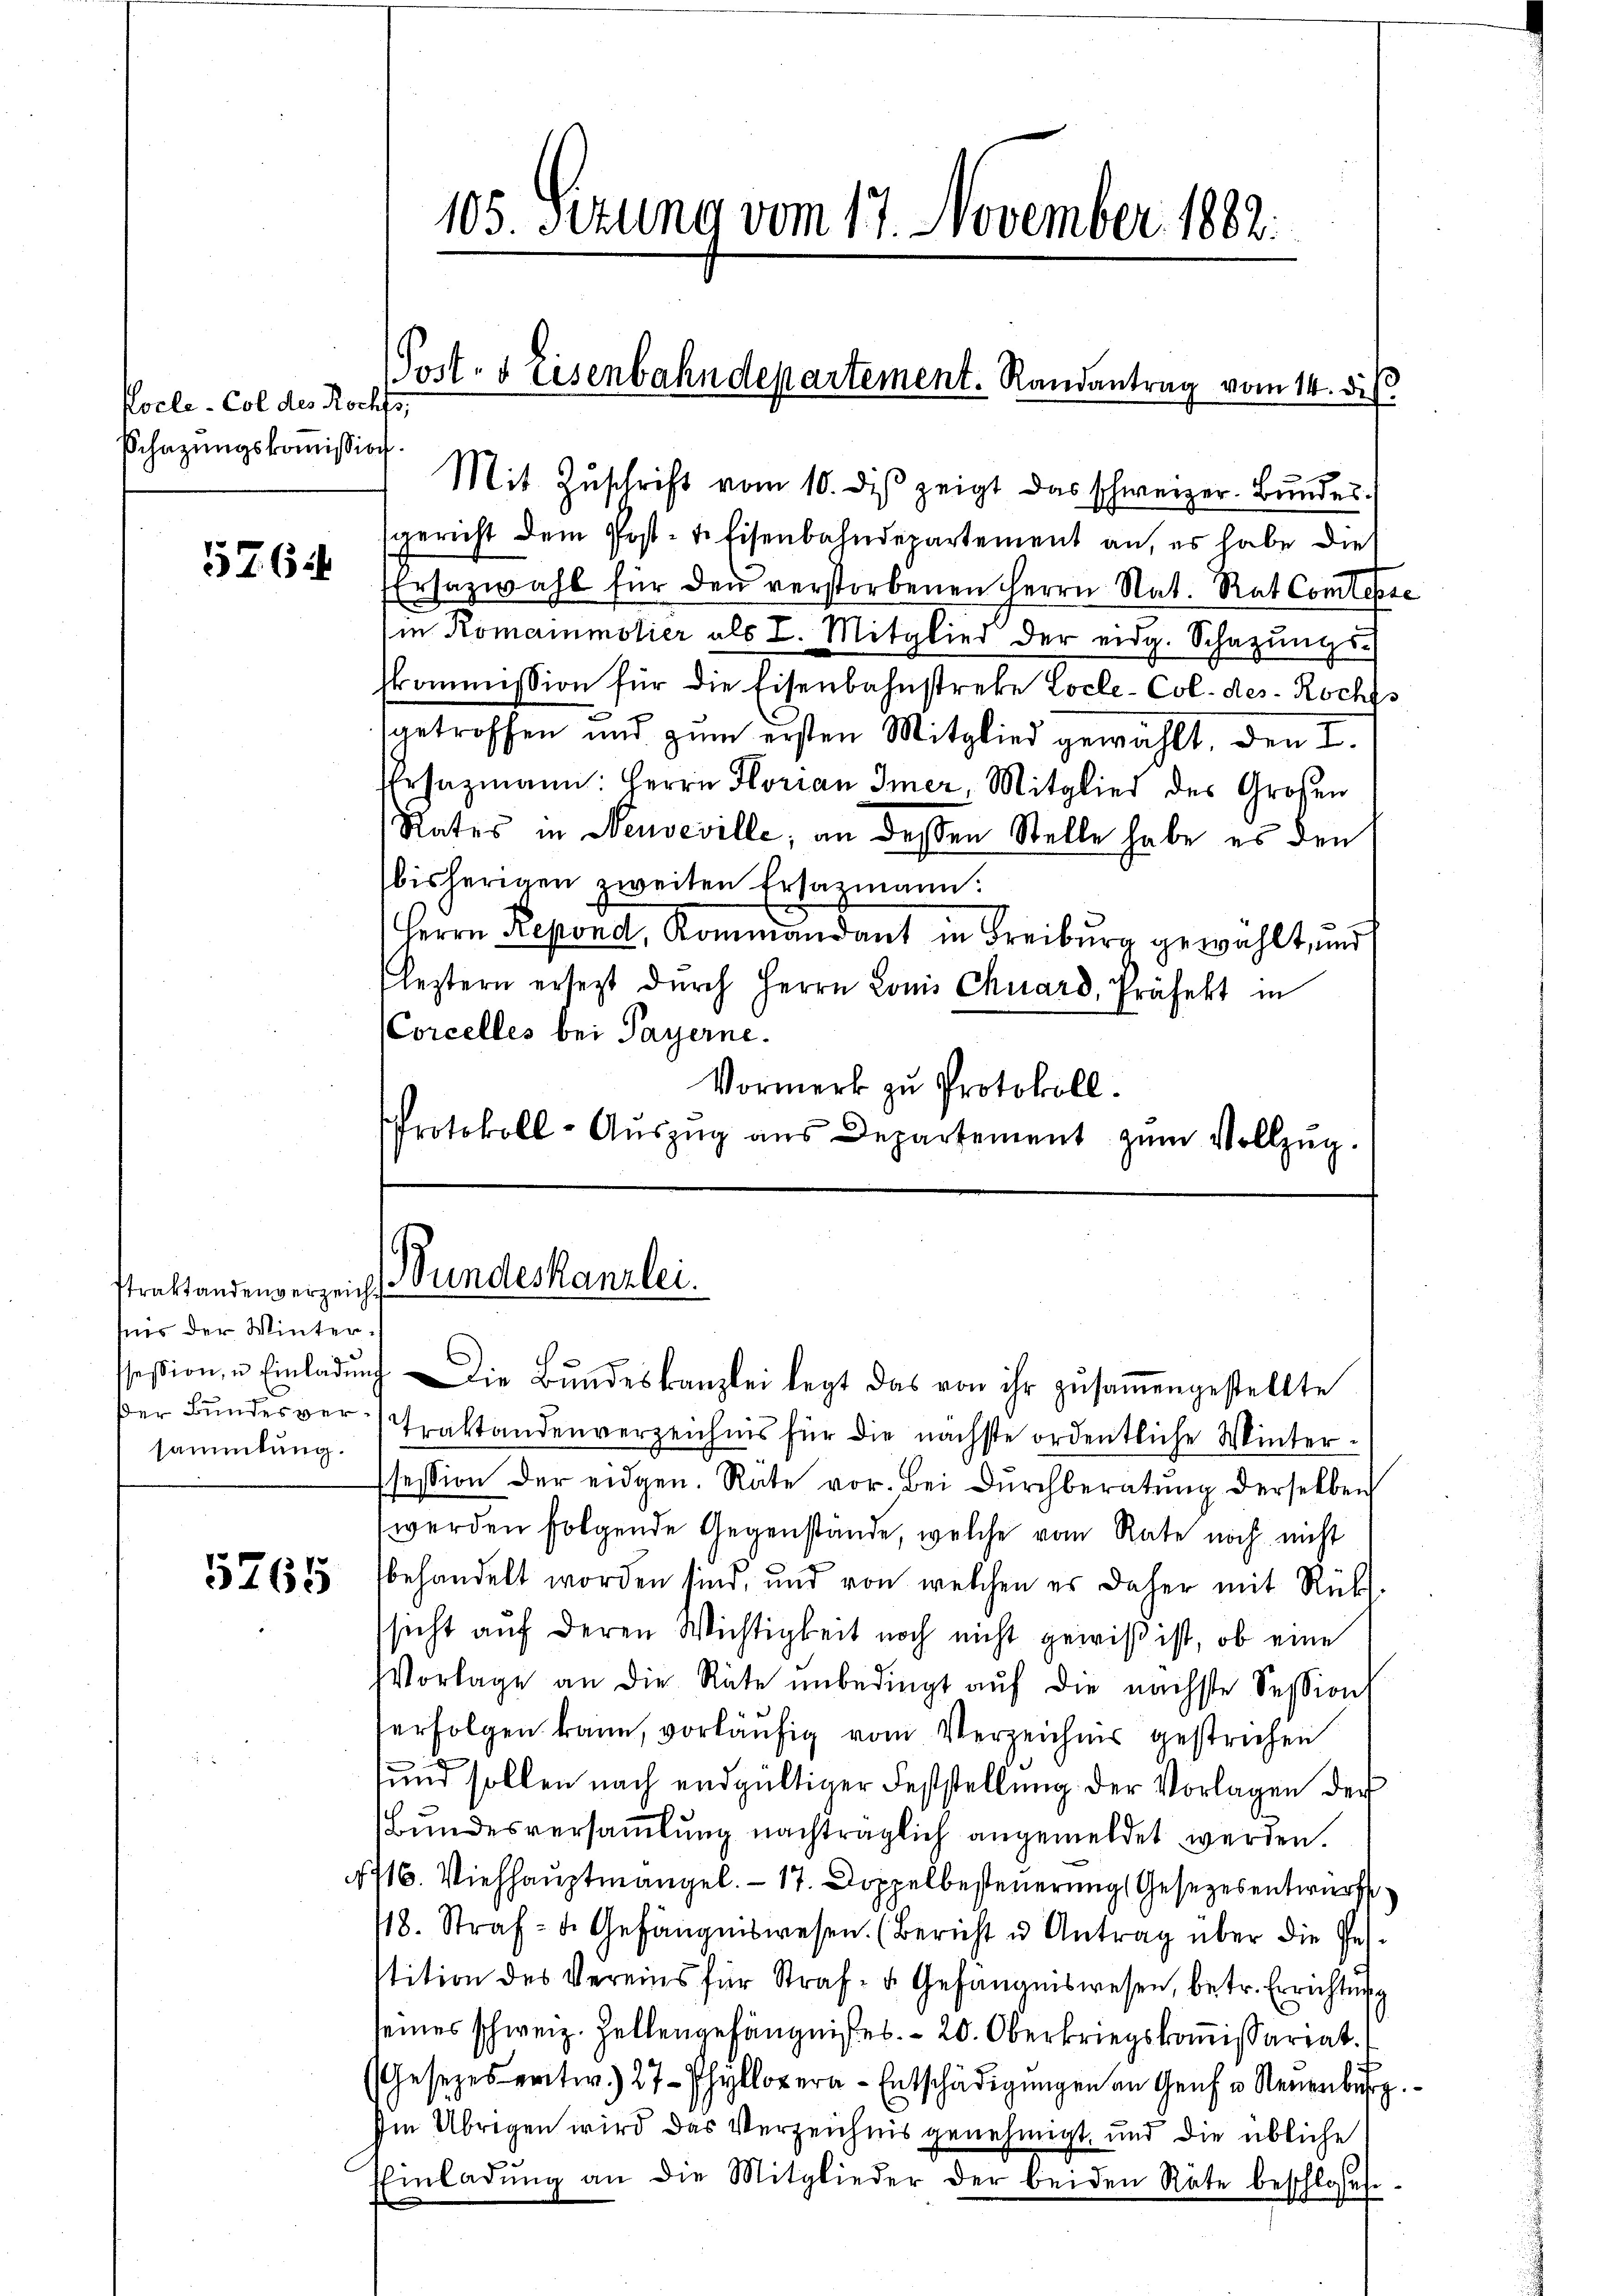
Pocle-Col des Rochfs,
Schazungskommission

57. 61

straktandenverzeichsis der Wintersammlung.

5765

105. Sezung vom 17. November 1882.

Mit Zŭschrift vom 10. dβ zeigt das schweizer. Bŭndes.
gericht dem Post-tefisenbahndepartement an, es habe die
Ersazwahl für den verstorbenen Herrn Nat. Rat Comtesse
in Romainmotier als I. Mitglied der eidg. Schazungs-
skommission für die Eisenbahnstreke Locle-Col. des Rochs
getroffen und zum ersten Mitglied gewählt, den I.
Ehrsazmann. Herrn Florian Imer, Mitglied des Großen
Rates in Neuveville, an dessen Stelle habe es den
bisherigen zweiten Ersazmann:
Herrn Depond, Kommandant in Freiburg gewählt, und
leztern ersezt dŭrch Herrn Louis Chuard, Präfekt in
(Corcelles bei Payerne.
Vormerk zu Protokoll.
Protokoll-Aŭszŭg aŭs Departement zŭm Vollzŭg.

(Post- & Eisenbahndepartement. Randantrag vom 14. di

Bundeskanzlei.

ssession, u. Einladŭng die Bŭndeskanzlei legt das von ihr zŭsaṁengestellte
der Bundesver-Traktandenverzeichnis für die nächste ordentliche Wintersession der eidgen. Räte vor. Bei Dŭrchberatung derselben
werden folgende Gegenstände, welche vom Rate noch nicht
behandelt worden sind, und von welchen er daher mit Rückt.
sicht auf deren Wichtigkeit noch nicht gewiß ist, ob eine
Vorlage an die Räte unbedingt auf die nächste Session
erfolgen kann, vorläufig vom Verzeichnis gestrichen
und sollen nach endgültiger Feststellŭng der Vorlagen der
Bundesversammlung nachträglich angemeldet werden.
4716. Viehhauptmangel. – 17. Doppelbesteuerung Gesetzesentwurf
118. Straf- u. Gefängniswesen. (Bericht u Antrag über die Ges.
tition des Vereins für Straf- u. Gefängniswesen, betr. Errichtung
seines schweiz. Zellengefängnißes. – 20. Oberkriegskomissariat.
(Gesetzes entw. 27 Phyler-Entschädigŭngen an Genf u Neuenburg.
Im Übrigen wird das Verzeichnis genehmigt, und die übliche
Einladŭng an die Mitglieder der beiden Räte beschloses.